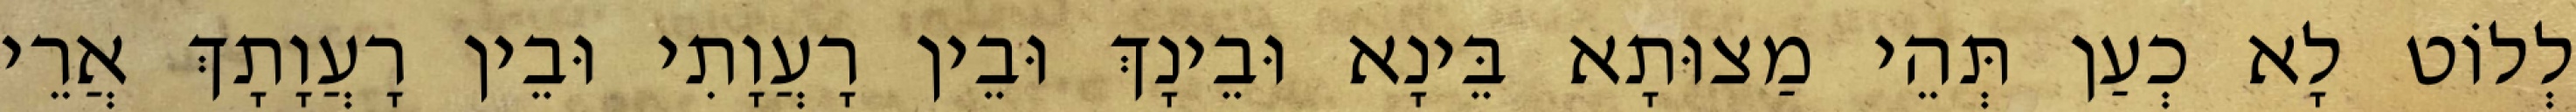
לְלוֹט לָא כְעַן תְּהֵי מַצוּתָא בֵּינָא וּבֵינָךְ וּבֵין רָעֲוָתִי וּבֵין רָעֲוָתָךְ אֲרֵי